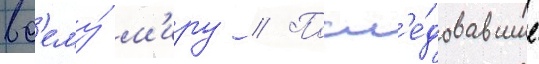
вс'ему́ м'иру // Посл'е́довавшие